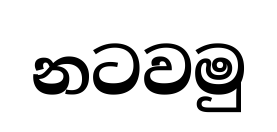
නටවමු